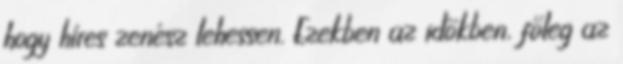
hogy híres zenész lehessen. Ezekben az időkben, főleg az